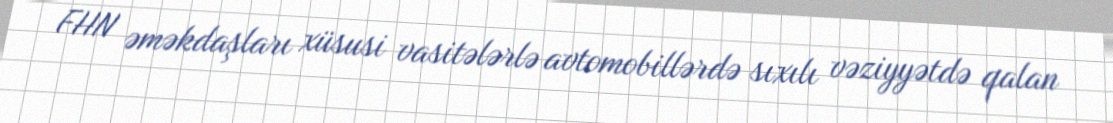
FHN əməkdaşları xüsusi vasitələrlə avtomobillərdə sıxılı vəziyyətdə qalan